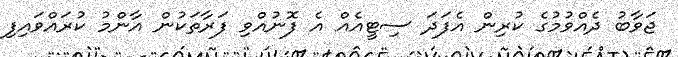
ޖަވާބު ދެއްވުމުގެ ކުރިން އެފަދަ ސިޓީއެއް އެ ފޮނުއްވި ފަރާތަކުން އާންމު ކުރައްވައިފި